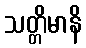
သတ္တိမာနိ